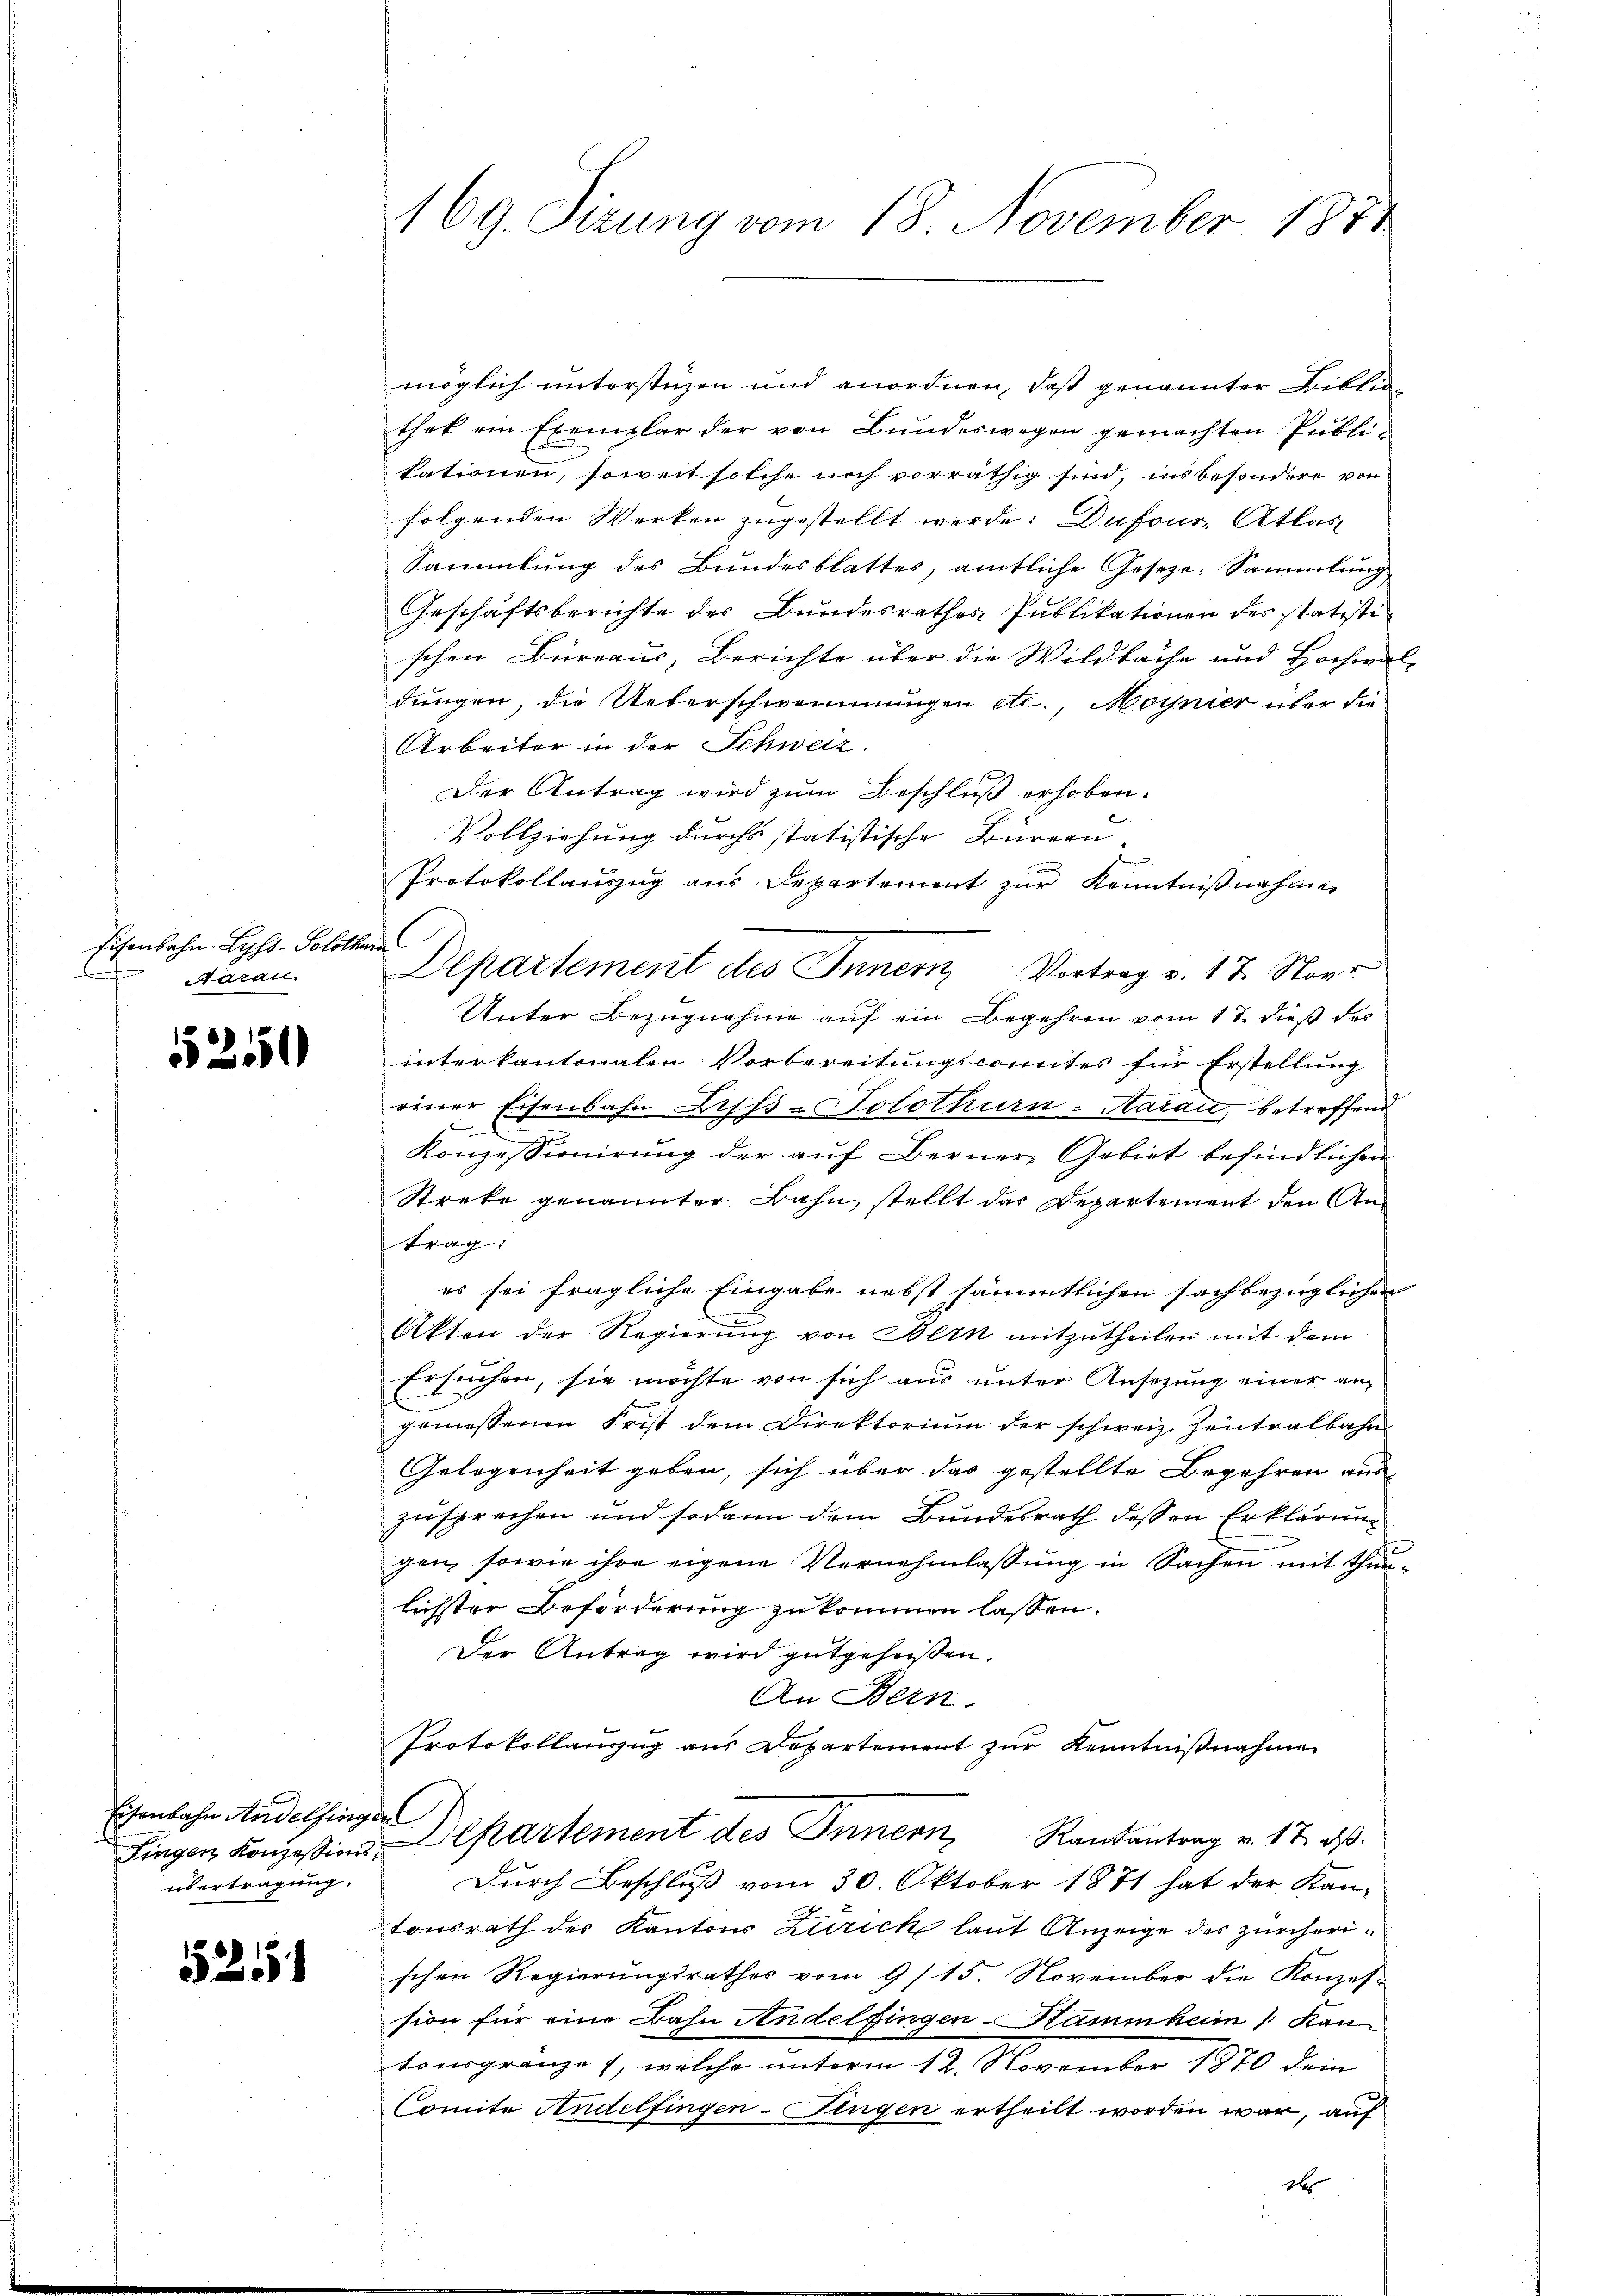
Eisenbahn Lyss. Solothu
Aarau

5250

Eisenbahn Andelfingen
Fingen Konzessions
übertragung.

52

169. Sizung vom 18. November 1874

möglich unterstüzen und anordnen, daß genannter Bibliothek ein Exemplar der von Bundeswegen gemachten Publi-
kationen, soweit solche noch vorräthig sind, ins besondere von
folgenden Werken zugestellt werde. Dufour, Atlas
Sammlung des Bundesblattes, amtliche Gesetze: Sammlung
Geschäftsberichte des Bundesrathes Publikationen des statistischen Bureaus, Berichte über die Wildbache und Hochwal-
dungen, die Ueberschwemmungen etc., Moynier über die
Arbeiter in der Schweiz.
Der Antrag wird zum Beschluß erhoben.
Vollziehung durchs statistische Bürern.
Protokollauszug aus Departement zur Kenntnißnahmen
s
Departement des Innern Vortrag v. 17. Nov.
Unter Bezugnahme auf ein Begehren vom 17. dieß des
interkantonalen Vorbereitungscomites für Erstellung
einer Eisenbahn Zypfs-Solothurn-Aarau betreffend

Konzessionirung der aŭf Berner-Gebiet befindlichen
Streke genannter Bahn, stellt das Departement den An-
trag:
es sei fragliche Eingabe nebst sämmtlichen sachbezüglichen
Akten der Regierŭng von Bern mitzŭtheilen mit dem
Ersuchen, sie möchte von sich aus unter Ansezung einer angemessenen Frist dem Direktorium der schweiz. Zentralbahns
Gelegenheit geben, sich über das gestellte Begehren aus-
zusprechen und sodann dem Bundesrath dessen Erklärung
gen, sowie ihre eigene Vernehmlassung in Sachen mit Thunlichster Beforderung zukommen lassen.
Der Antrag wird gutgeheißen.
An Bern.
Protokollanzug aus Departement zur Kenntnißnahme
Departement des Innern Randantrag v. 17. ds.
Durch Beschluß vom 30. Oktober 1871 hat der Kan-
tonsrath der Kantons Zürich laut Anzeige des zürcherischen Regierungsrathes vom 9/ 15. November die Konzes-
sion für eine Bahn Andelfingen-Stammheim Kantonsgrenze 1, welche unterm 12. November 1870 dein
Comite Andelfingen-Fingen ertheilt worden war, auf